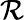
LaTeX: \cal\mathcal{R}